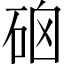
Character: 硇